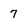
Character: 7